Vaccination North-Western Provinces and Oudh 1896-1901 - 1896-1901
Year: 1896
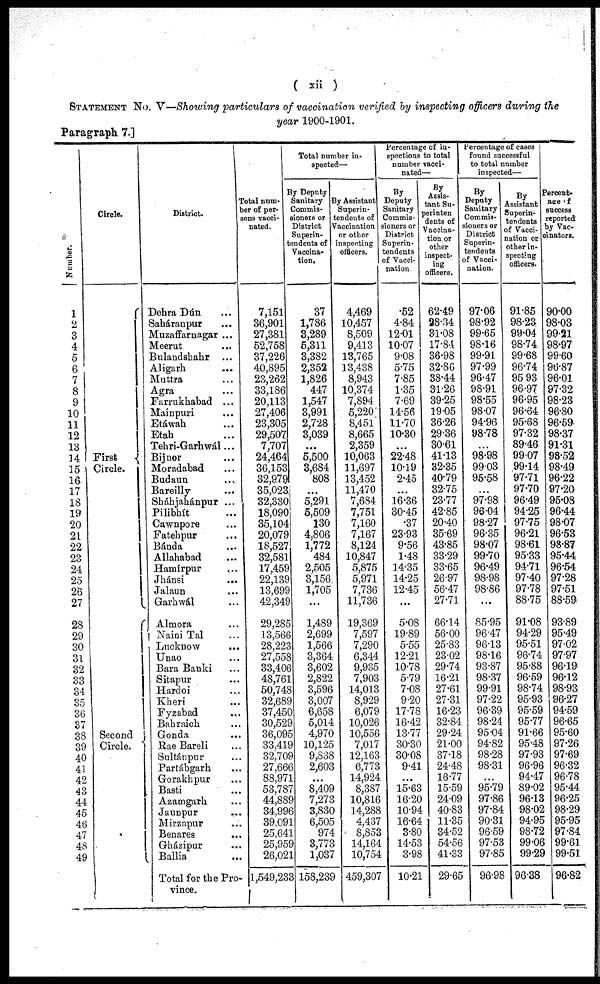
( xii )
STATEMENT No. V—Showing particulars of vaccination verified by inspecting officers during the
year 1900-1901.
Paragraph 7.]
Number.
1
2
3
4
5
6
7
8
9
10
11
12
13
14
15
16
17
18
19
20
21
22
23
24
25
26
27
28
29
30
31
32
33
34
35
36
87
38
39
40
41
42
43
44
45
46
47
48
49
Circle.
First
Circle.
Second
Circle.
District.
Dehra Dún ...
Saháranpur ...
Muzaffarnagar ....
Meerut ...
Bulandshahr ...
Aligarh
...
Muttra ...
Agra ...
Farrukhabad ...
Mainpuri ...
Etáwah ...
Etah ...
Tehri-Garhwál...
Bijnor ...
Moradabad ...
Budaun ...
Bareilly
...
Sháhjahánpur ...
Pilibhít ...
Cawnpore ...
Fatehpur ...
Bánda ...
Allababad ...
Hamírpur ...
Jhánsi ...
Jalaun ...
Garhwál ...
Almora ...
Naini Tal ...
Lucknow
...
Unao ...
Bara Banki ...
Sitapur ...
Hardoi ...
Kheri ...
Fyzabad ...
Bahraich ...
Gonda ...
Rae Bareli ...
Sultánpur ...
Partábgarh ...
Gorakhpur ...
Basti ...
Azamgarh ...
Jaunpur
...
Mirzapur ...
Benares ...
Gházipur ...
Ballia ...
Total for the Pro-
vince.
Total num¬
ber of per-
sons vacci-
nated.
7,151
36,901
27,381
52,758
37,226
40,895
23,262
33,186
20,113
27,406
23,305
29,507
7,707
24,464
36,153
32,979
35,023
32,330
18,090
35,104
20,079
18,527
32,581
17,459
22,139
13,699
42,349
29,285
13,566
28,223
27,558
33,406
48,761
50,748
32,689
37,450
30,529
36,095
33,419
32,709
27,666
88,971
53,787
44,889
34,996
39,091
25,641
25,959
26,021
1,549,233
Total number in-
spected—
By Deputy
Sanitary
Commis-
sioners or
District
Superin¬
-endents of
Vaccina-
tion.
37
1,786
3,289
5,311
3,382
2,352
1,826
447
1,547
3,991
2,728
3,039
...
5,500
3,684
808
...
5,291
5,509
130
4,806
1,772
484
2,505
3,156
1,705
...
1,489
2,699
1,566
3,364
3,602
2,822
3,596
3,007
6,658
5,014
4,970
10,125
9,838
2,603
...
8,409
7,273
3,830
6,505
974
3,773
1,037
158,239
By Assistant
Superin¬
tendents of
Vaccination
or other
inspecting
officers.
4,469
10,457
8,509
9,413
13,765
13,438
8,943
10,374
7,894
5,220
8,451
8,665
2,359
10,063
11,697
13,452
11,470
7,684
7,751
7,160
7,167
8,124
10,847
5,875
5,971
7,736
11,736
19,369
7,597
7,290
6,344
9,935
7,903
14,013
8,929
6,079
10,026
10,556
7,017
12,163
6,773
14,924
8,387
10,816
14,288
4,487
8,853
14,164
10,754
459,307
Percentage of in-
spections to total
number vacci-
nated—
By
Deputy
Sanitary
Commis-
sioners or
District
Superin-
tendents
of Vacci-
nation.
.52
4.84
12.01
10.07
9.08
5.75
7.85
1.35
7.69
14.56
11.70
10.30
...
22.48
10.19
2.45
...
16.36
30.45
.37
23.93
9.56
1.48
14.35
14.25
12.45
...
5.08
19.89
5.55
12.21
10.78
5.79
7.08
9.20
17.78
16.42
13.77
30.30
30.08
9.41
...
15.63
16.20
10.94
16.64
3.80
14.53
3.98
10.21
By
Assis-
tant Su¬
perinten
dents of
Vaccina-
tion or
other
inspect¬
ing
officers.
62.49
28.34
31.08
17.84
36.98
32.86
38.44
31.26
39.25
19.05
36.26
29.36
30.61
41.13
32.35
40.79
32.75
23.77
42.85
20.40
35.69
43.85
33.29
33.65
26.97
56.47
27.71
66.14
56.00
25.83
23.02
29.74
16.21
27.61
27.31
16.23
32.84
29.24
21.00
37.18
24.48
16.77
15.59
24.09
40.83
11.35
34.52
54.56
41.33
29.65
Percentage of cases
found successful
to total number
inspected—
By
Deputy
Sanitary
Commis-
sioners or
District
Superin-
tendents
of Vacci-
nation.
97.06
98.92
99.65
98.16
99.91
97.99
96.47
98.91
98.55
98.07
94.96
98.78
. . .
98.98
99.03
95.58
...
97.98
96.04
98.27
96.35
98.07
99.70
96.49
98.98
98.86
...
85.95
96.47
96.13
98.16
93.87
98.37
99.91
97.22
96.39
98.24
95.04
94.82
98.28
98.31
...
95.79
97.86
97.84
90.31
96.59
97.53
97.85
96.98
By
Assistant
Superin-
tendents
of Vacci-
nation or
other in-
specting
officers.
91.85
98.23
99.04
98.74
99.68
96.74
95.93
96.97
96.95
96.64
95.68
97.32
89.46
99.07
99.14
97.71
97.70
96.49
94.25
97.75
96.21
98.61
95.33
94.71
97.40
97.78
88.75
91.08
94.29
95.51
96.74
95.88
96.59
98.74
95.93
95.59
95.77
91.66
95.48
97.93
96.96
94.47
89.02
96.13
98.02
94.95
98.72
99.06
99.29
96.38
Percent¬
age of
success
reported
by Vac¬
cinators.
90.00
98.03
99.21
98.97
99.60
96.87
96.01
97.32
98.23
96.80
96.59
98.37
91.31
98.52
98.49
96.22
97.20
95.08
96.44
98.07
96.53
98.87
95.44
96.54
97.28
97.51
88.59
93.89
95.49
97.02
97.97
96.19
96.12
98.93
96.27
94.59
96.65
95.60
97.26
97.69
96.32
96.78
95.44
96.25
98.29
95.95
97.84
99.61
99.51
96.82